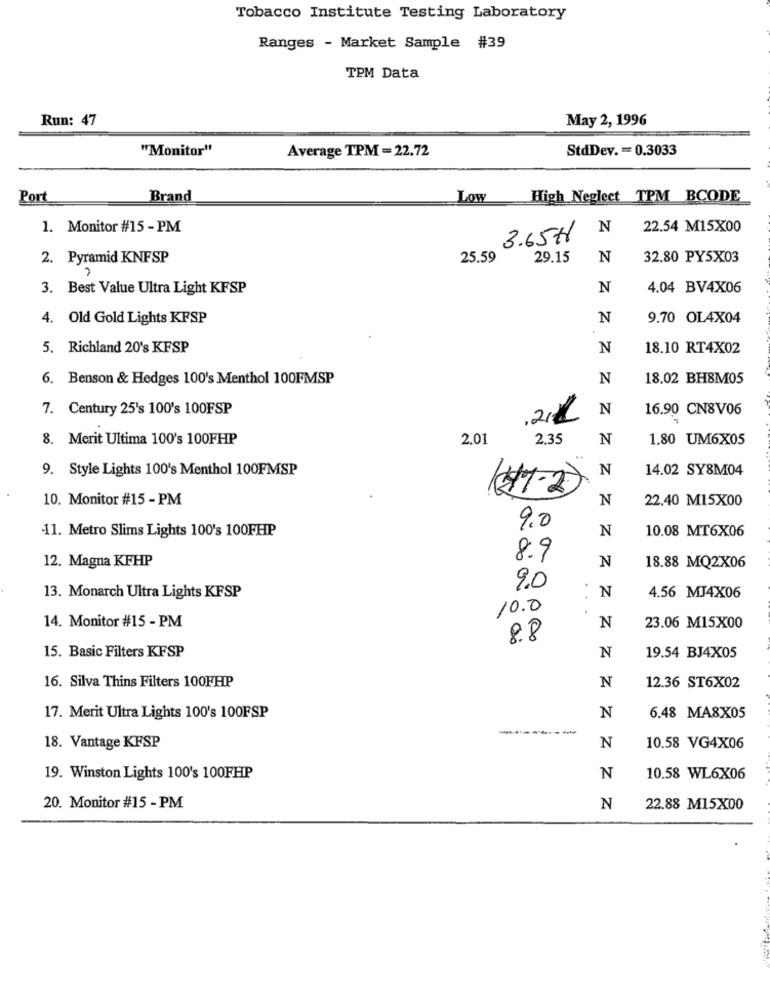
Tobacco Institute Testing Laboratory
Ranges - Market Sample #39
TPM Data
Run: 47
May 2, 1996
"Monitor"
Average TPM = 22.72
StdDev. = 0.3033
Port
Brand
Low
High Neglect TPM _BCODE
1. Monitor #15 - PM
N
22.54 M15X00
3.657
2. Pyramid KNFSP
25.59
29.15
N
32.80 PY5X03
3. Best Value Ultra Light KFSP
N
4.04 BV4X06
4. Old Gold Lights KFSP
N
9.70 OL4X04
5. Richland 20's KFSP
N
18.10 RT4X02
6. Benson & Hedges 100's Menthol 100FMSP
N
18.02 BH8M05
7. Century 25's 100's 100FSP
N
16.90 CN8V06
8. Merit Ultima 100's 100FHP
2.01
2.35
N
1.80 UM6X05
9. Style Lights 100's Menthol 100FMSP
N
14.02 SY8M04
10. Monitor #15 - PM
(#1 -2 )
N
22.40 M15X00
9.0
N
10.08 MT6X06
11. Metro Slims Lights 100's 100FHP
12. Magna KFHP
8.9
N
18.88 MQ2X06
9.0
N
13. Monarch Ultra Lights KFSP
4.56 MJ4X06
10.0
14. Monitor #15 - PM
N
23.06 M15X00
8.8
N
15. Basic Filters KFSP
19.54 BJ4X05
16. Silva Thins Filters 100FHP
N
12.36 ST6X02
17. Merit Ultra Lights 100's 100FSP
N
6.48 MA8X05
-----
18. Vantage KFSP
N
10.58 VG4X06
19. Winston Lights 100's 100FHP
N
10.58 WL6X06
20. Monitor #15 - PM
N
22.88 M15X00